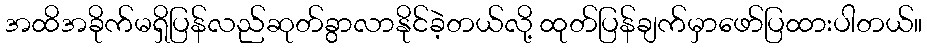
အထိအခိုက်မရှိပြန်လည်ဆုတ်ခွာလာနိုင်ခဲ့တယ်လို့ ထုတ်ပြန်ချက်မှာဖော်ပြထားပါတယ်။